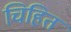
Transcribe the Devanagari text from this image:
चिहित